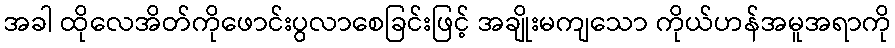
အခါ ထိုလေအိတ်ကိုဖောင်းပွလာစေခြင်းဖြင့် အချိုးမကျသော ကိုယ်ဟန်အမူအရာကို